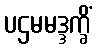
ပဌမမဒ္ဒက္ခိံ